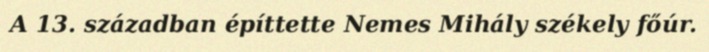
A 13. században építtette Nemes Mihály székely főúr.